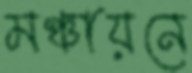
মঞ্চায়নে